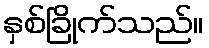
နှစ်ခြိုက်သည်။